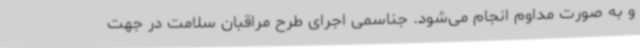
و به صورت مداوم انجام می‌شود. جناسمی اجرای طرح مراقبان سلامت در جهت